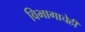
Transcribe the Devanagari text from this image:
विभागाचेही